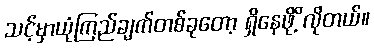
သင့်မှာယုံကြည်ချက်တစ်ခုတော့ ရှိနေဖိုိ့လိုတယ်။